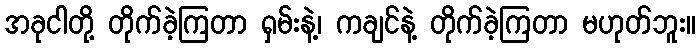
အခုငါတို့ တိုက်ခဲ့ကြတာ ရှမ်းနဲ့၊ ကချင်နဲ့ တိုက်ခဲ့ကြတာ မဟုတ်ဘူး။